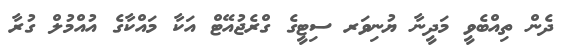
ދެން ތިއްބެވީ މަދީނާ ޔުނިވަރ ސިޓީގެ ގްރެޖުއޭޓް އަކާ މައްކާގެ އުއްމުލް ގުރާ